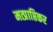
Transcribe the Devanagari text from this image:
मत्प्राप्तिकर